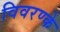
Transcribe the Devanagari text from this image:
विवरण्के